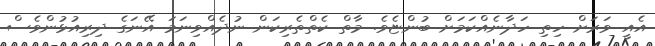
އެއީ ވަރަށް ހިތި ހަދާނެއްކަމަށް ބުންޏެވެ. މާތް ކެތްތެރިކަން ނުދެއްވިނަމަ އޭނަގެ ދިރިއުޅުންވެސް